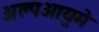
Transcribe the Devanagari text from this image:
अल्पआयुमे